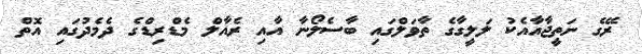
ރޭގެ ނަތީޖާއާއެކު ލަލީގާގެ ތާވަލްގައި ބާސެލޯނާ އާއި ރެއާލް މެޑްރިޑްގެ ދެމެދުގައި އޮތް